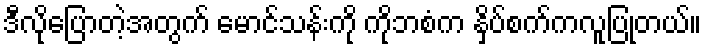
ဒီလိုပြောတဲ့အတွက် မောင်သန်းကို ကိုဘစံက နှိပ်စက်ကလူပြုတယ်။